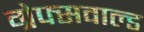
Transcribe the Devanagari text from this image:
ग्रेफ्सवाल्ड